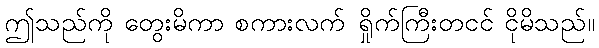
ဤသည်ကို တွေးမိကာ စကားလက် ရှိုက်ကြီးတငင် ငိုမိသည်။